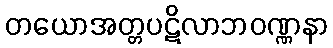
တယောအတ္တပဋိလာဘဝဏ္ဏနာ